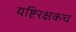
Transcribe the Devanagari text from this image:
यष्टिरक्षकच